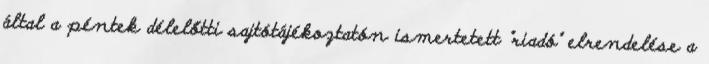
által a péntek délelőtti sajtótájékoztatón ismertetett "riadó" elrendelése a